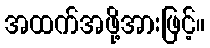
အထက်အဖို့အားဖြင့်။